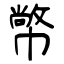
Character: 幤